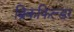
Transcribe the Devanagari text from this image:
ब्रिकफिल्डर